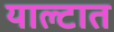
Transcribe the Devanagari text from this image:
याल्टात